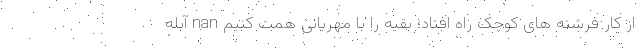
از کار فرشته های کوچک راه افتاد؛ بقیه را با مهربانی همت کنیم nan آبله